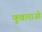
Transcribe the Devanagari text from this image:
फुवाराओ